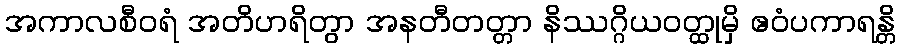
အကာလစီဝရံ အတိဟရိတွာ အနတီတတ္တာ နိဿဂ္ဂိယဝတ္ထုမှိ ဧဝံပကာရန္တိ